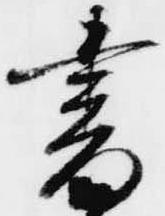
書